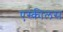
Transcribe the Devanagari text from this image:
एस्कीलस